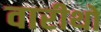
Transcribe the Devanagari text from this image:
वारीथो